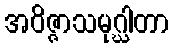
အဝိဇ္ဇာသမုဂ္ဃါတာ